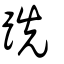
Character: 跣